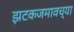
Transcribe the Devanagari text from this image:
झटकजमावच्या